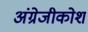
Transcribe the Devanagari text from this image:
अंग्रेजीकोश